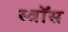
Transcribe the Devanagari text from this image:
स्त्रॉस